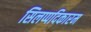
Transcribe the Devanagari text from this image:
सिलप्पदिकारम